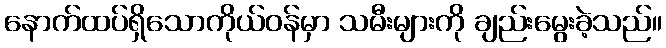
နောက်ထပ်ရှိသောကိုယ်ဝန်မှာ သမီးများကို ချည်းမွေးခဲ့သည်။